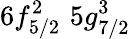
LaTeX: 6f_{5/2}^{2}\, \, 5g_{7/2}^{3}\, \,